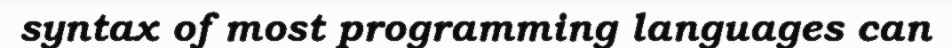
syntax of most programming languages can